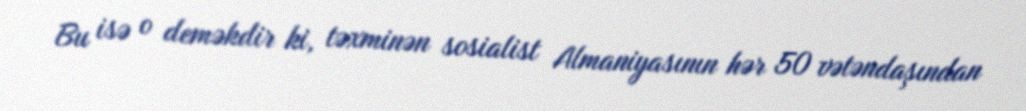
Bu isə o deməkdir ki, təxminən sosialist Almaniyasının hər 50 vətəndaşından